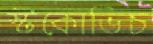
স্টকোভিচ